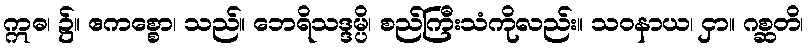
ဣဓ၊ ၌။ ဧကစ္စော၊ သည်။ ဘေရိသဒ္ဒမ္ပိ၊ စည်ကြီးသံကိုလည်း။ သဝနာယ၊ ငှာ။ ဂစ္ဆတိ၊